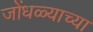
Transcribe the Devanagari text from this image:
जोंधळ्याच्या